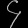
Digit: ၄